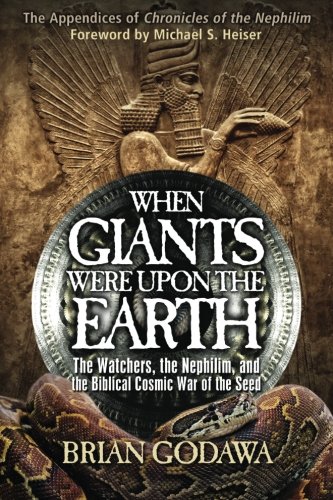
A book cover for When Giants Were Upon the Earth: The Watchers, The Nephilim, and the Cosmic War of the Seed; Brian Godawa; Christian Books & Bibles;